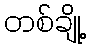
တစ်ချို့